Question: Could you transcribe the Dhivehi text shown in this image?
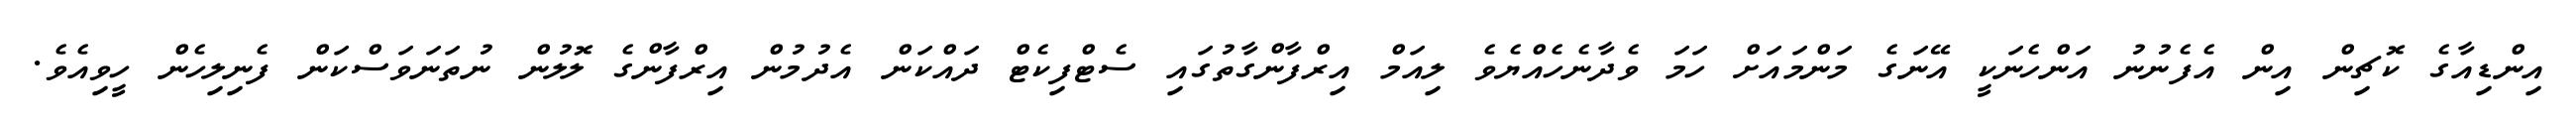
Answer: އިންޑިއާގެ ކޮޗިން އިން އެފެނުނު އަންހެނަކީ އޭނަގެ މަންމައަށް ހަމަ ވެދާނެހެއްޔެވެ ލިއަމް އިރްފާންގާތުގައި ސެޓްފިކެޓް ދައްކަން އެދުމުން އިރްފާންގެ ލޮލުން ނުތަނަވަސްކަން ފެނިލިހެން ހީވިއެވެ.